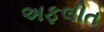
અફલીત